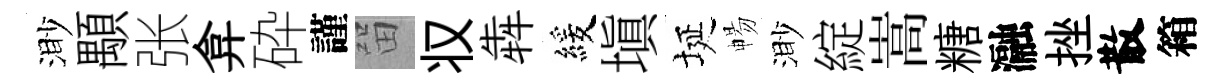
渺顒张弇砕謹㽞𠬧犇緩塡埏暢渺綻嵩糖瀜挫散箱